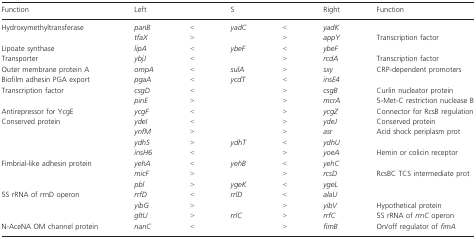
<table><thead><tr><td><b>Function</b></td><td><b>Left</b></td><td></td><td><b>S</b></td><td></td><td><b>Right</b></td><td><b>Function</b></td></tr></thead><tbody><tr><td>Hydroxymethyltransferase</td><td><i>panB</i></td><td>&lt;</td><td><i>yadC</i></td><td>&lt;</td><td><i>yadK</i></td><td></td></tr><tr><td></td><td><i>tfaX</i></td><td>&gt;</td><td></td><td>&gt;</td><td><i>appY</i></td><td>Transcription factor</td></tr><tr><td>Lipoate synthase</td><td><i>lipA</i></td><td>&lt;</td><td><i>ybeF</i></td><td>&lt;</td><td><i>ybeF</i></td><td></td></tr><tr><td>Transporter</td><td><i>ybjJ</i></td><td>&lt;</td><td></td><td>&gt;</td><td><i>rcdA</i></td><td>Transcription factor</td></tr><tr><td>Outer membrane protein A</td><td><i>ompA</i></td><td>&lt;</td><td><i>sulA</i></td><td>&gt;</td><td><i>sxy</i></td><td>CRP-dependent promoters</td></tr><tr><td>Biofilm adhesin PGA export</td><td><i>pgaA</i></td><td>&lt;</td><td><i>ycdT</i></td><td>&lt;</td><td><i>insE4</i></td><td></td></tr><tr><td>Transcription factor</td><td><i>csgD</i></td><td>&lt;</td><td></td><td>&gt;</td><td><i>csgB</i></td><td>Curlin nucleator protein</td></tr><tr><td></td><td><i>pinE</i></td><td>&gt;</td><td></td><td>&gt;</td><td><i>mcrA</i></td><td>5-Met-C restriction nuclease B</td></tr><tr><td>Antirepressor for YcgE</td><td><i>ycgF</i></td><td>&lt;</td><td></td><td>&gt;</td><td><i>ycgZ</i></td><td>Connector for RcsB regulation</td></tr><tr><td>Conserved protein</td><td><i>ydeI</i></td><td>&lt;</td><td></td><td>&gt;</td><td><i>ydeJ</i></td><td>Conserved protein</td></tr><tr><td></td><td><i>ynfM</i></td><td>&gt;</td><td></td><td>&gt;</td><td><i>asr</i></td><td>Acid shock periplasm prot</td></tr><tr><td></td><td><i>ydhS</i></td><td>&gt;</td><td><i>ydhT</i></td><td>&lt;</td><td><i>ydhU</i></td><td></td></tr><tr><td></td><td><i>insH6</i></td><td>&lt;</td><td></td><td>&gt;</td><td><i>yoeA</i></td><td>Hemin or colicin receptor</td></tr><tr><td>Fimbrial-like adhesin protein</td><td><i>yehA</i></td><td>&lt;</td><td><i>yehB</i></td><td>&lt;</td><td><i>yehC</i></td><td></td></tr><tr><td></td><td><i>micF</i></td><td>&gt;</td><td></td><td>&gt;</td><td><i>rcsD</i></td><td>RcsBC TCS intermediate prot</td></tr><tr><td></td><td><i>pbl</i></td><td>&gt;</td><td><i>ygeK</i></td><td>&lt;</td><td><i>ygeL</i></td><td></td></tr><tr><td>5S rRNA of rrnD operon</td><td><i>rrfD</i></td><td>&lt;</td><td><i>rrlD</i></td><td>&lt;</td><td><i>alaU</i></td><td></td></tr><tr><td></td><td><i>yibG</i></td><td>&gt;</td><td></td><td>&gt;</td><td><i>yibV</i></td><td>Hypothetical protein</td></tr><tr><td></td><td><i>gltU</i></td><td>&gt;</td><td><i>rrlC</i></td><td>&gt;</td><td><i>rrfC</i></td><td>5S rRNA of <i>rrnC</i> operon</td></tr><tr><td>N-AceNA OM channel protein</td><td><i>nanC</i></td><td>&lt;</td><td></td><td>&gt;</td><td><i>fimB</i></td><td>On/off regulator of <i>fimA</i></td></tr></tbody></table>